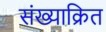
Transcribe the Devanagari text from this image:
संख्याक्रित